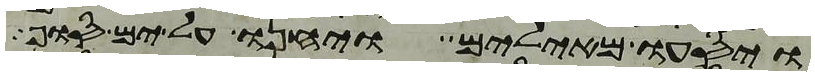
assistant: ויסעו מאילים ויחנו על ים סוף